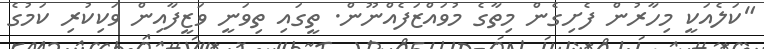
"ކަލެއަކީ މިހާރުން ފެށިގެން މިތާގެ މުވައްޒަފެއްނޫން. ތީގައި ތިވަނީ ވަޒީފާއިން ވަކިކުރި ކަމުގެ